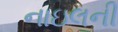
નાઇલની